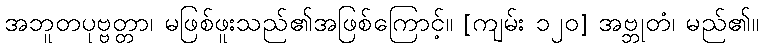
အဘူတပုဗ္ဗတ္တာ၊ မဖြစ်ဖူးသည်၏အဖြစ်ကြောင့်။ [ကျမ်း ၁၂၀] အဗ္ဘုတံ၊ မည်၏။